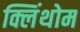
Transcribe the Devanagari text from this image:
क्लिंथोम